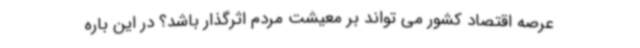
عرصه اقتصاد کشور می تواند بر معیشت مردم اثرگذار باشد؟ در این باره